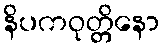
နိပကဝုတ္တိနော